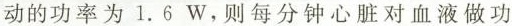
动的功率为1.6W，则每分钟心脏对血液做功